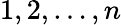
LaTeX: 1,2,\ldots,n